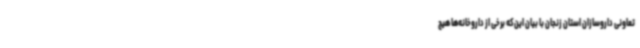
تعاونی داروسازان استان زنجان با بیان این‌که برخی از داروخانه‌ها هیچ